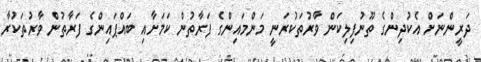
ދަރީންނަށް އެކުދިންގެ ތޫނުފިލިކަން ވާރުތަކުރަނީ މަންމައިންގެ ފަރާތުން ކަމަށާއި ބައްޕައިންގެ ފަރާތުން ވާރުތަކުރާ